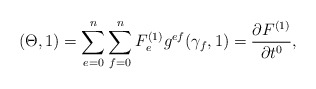
\begin{align*}(\Theta,1)=\sum_{e=0}^{n}\sum_{f=0}^{n}F_{e}^{(1)}g^{ef}(\gamma_{f},1)=\frac{\partial F^{(1)}}{\partial t^0},\end{align*}